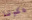
داكوتا